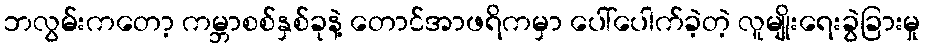
ဘလွမ်းကတော့ ကမ္ဘာစစ်နှစ်ခုနဲ့ တောင်အာဖရိကမှာ ပေါ်ပေါက်ခဲ့တဲ့ လူမျိုးရေးခွဲခြားမှု